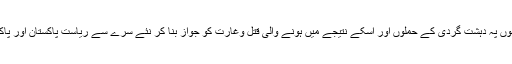
مگر اسکا مطلب یہ نہیں کہ قادیانی اپنے عبادت خانوں پہ دہشت گردی کے حملوں اور اسکے نتیجے میں ہونے والی قتل وغارت کو جواز بنا کر نئے سرے سے ریاست پاکستان اور پاکستان کے مسلمان عوام کو بدنام کرنا شروع کر دیں۔